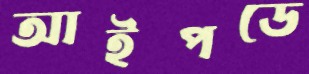
আইপডে